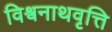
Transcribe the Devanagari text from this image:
विश्वनाथवृत्ति